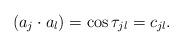
LaTeX: \begin{align*}(a_j \cdot a_l) = \cos\tau_{jl} = c_{jl}.\end{align*}